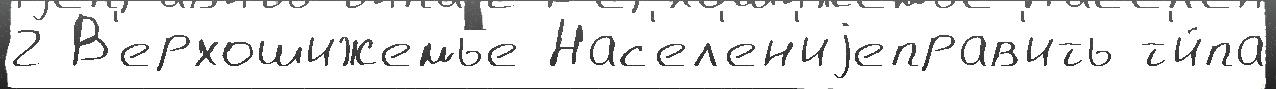
2 В'ерхошижемье Нас'ел'ен'иjеправ'ить т'и́па